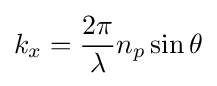
k_{x}={\frac {2\pi }{\lambda }}n_{p}\sin \theta